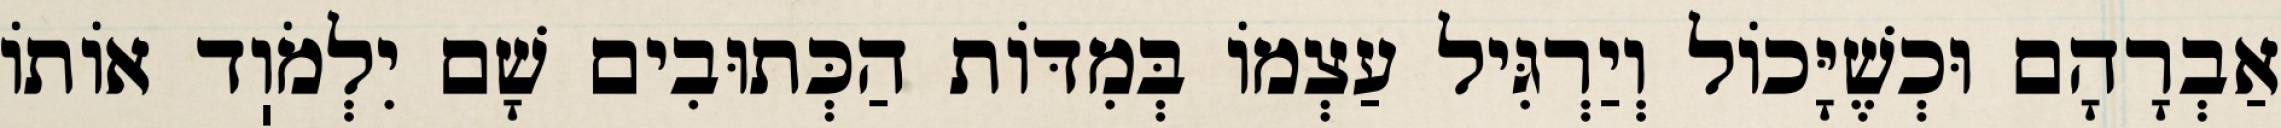
אַבְרָהָם וּכְשֶׁיָּכוֹל וְיַרְגִּיל עַצְמוֹ בְּמִדּוֹת הַכְּתוּבִים שָׁם יִלְמֹוֽד אוֹתוֹ